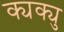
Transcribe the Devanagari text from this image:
क्यक्यु